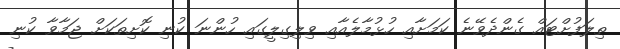
ތިލަފުށްޓައް ގެންދެވޭނެ ކަމަށާއި ހުޅުމާލެއާއި ވިލިގިލީގައި ހުންނަ ކުނި ކޮށިތަކަށް ޖަމާވާ ކުނި